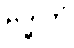
ဗဒ္ဓါတိ